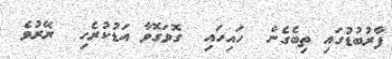
ފާރުބުޑުގައި ތިބެގެން  ހައިހައި  ގޮވަގޮވާ އަޑުކުރެހި  ރޭރުވެ